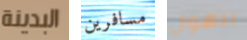
البدينة مسافرين للهول